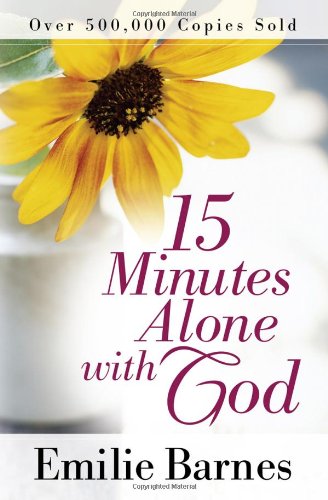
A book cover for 15 Minutes Alone with God; Emilie Barnes; Health, Fitness & Dieting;